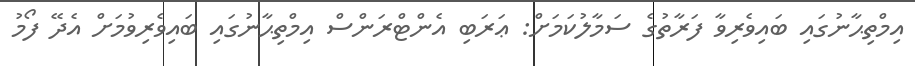
އިމްތިޙާނުގައި ބައިވެރިވާ ފަރާތުގެ ސަމާލުކަމަށް: ޢަރަބި އެންޓްރަންސް އިމްތިޙާނުގައި ބައިވެރިވުމަށް އެދޭ ފޯމު